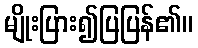
မျိုးပြား၍ပြပြန်၏။